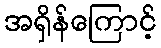
အရှိန်ကြောင့်